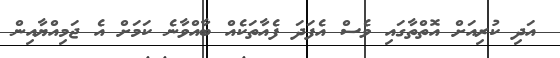
އަދި ކުރިއަށް އޮތްތާގައި ވެސް އެފަދަ ފެއާތަކެއް ބާއްވާނެ ކަމަށް އެ ޖަމިއްޔާއިން